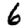
Digit: 6